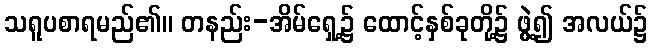
သရူပစာရမည်၏။ တနည်း-အိမ်ရှေ့၌ ထောင့်နှစ်ခုတို့၌ ဖွဲ့၍ အလယ်၌